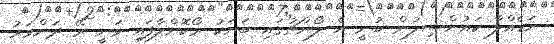
ނަޑެއްލާ ކައުންސިލުން ބުނީ އެ ލޯންޗުގައި ބަޔަކު ރޯކޮށްލާފައި ވަނީ ރޭ ދަންވަރު